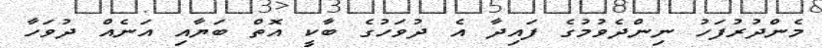
މެންދުރުފަހު ނިންދެވުމުގެ ފައިދާ އެ ދުވަހުގެ ބާކީ އޮތް ބަޔާއި އަނެއް ދުވަހާ